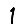
Digit: 1